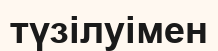
түзілуімен